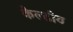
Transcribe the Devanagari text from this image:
केल्टीय